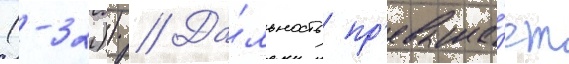
(-32)) // Да́льность пр'евыша́ет